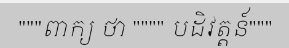
"""ពាក្យ ថា """" បដិវត្តន៍"""